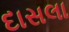
દાસલા